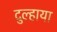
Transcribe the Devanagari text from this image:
दुल्हाया